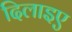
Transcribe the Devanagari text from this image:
दिलाइए